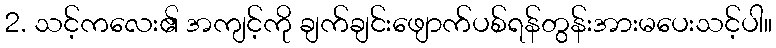
2. သင့်ကလေး၏ အကျင့်ကို ချက်ချင်းဖျောက်ပစ်ရန်တွန်းအားမပေးသင့်ပါ။